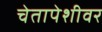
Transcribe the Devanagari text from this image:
चेतापेशीवर